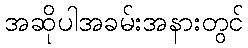
အဆိုပါအခမ်းအနားတွင်